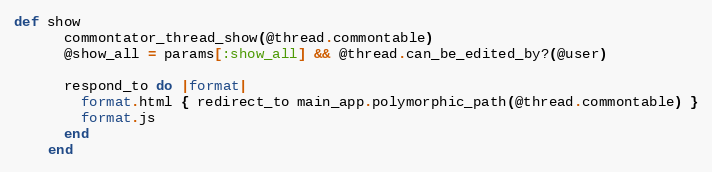
Language: Ruby
def show
      commontator_thread_show(@thread.commontable)
      @show_all = params[:show_all] && @thread.can_be_edited_by?(@user)

      respond_to do |format|
        format.html { redirect_to main_app.polymorphic_path(@thread.commontable) }
        format.js
      end
    end